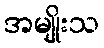
အမျိုးသ